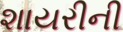
શાયરીની